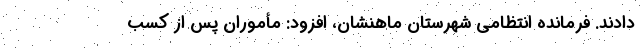
دادند. فرمانده انتظامی شهرستان ماهنشان، افزود: مأموران پس از کسب